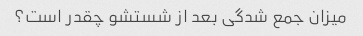
میزان جمع شدگی بعد از شستشو چقدر است؟